Indian journal of veterinary science and animal husbandry - Volume 9,
Year: 1939
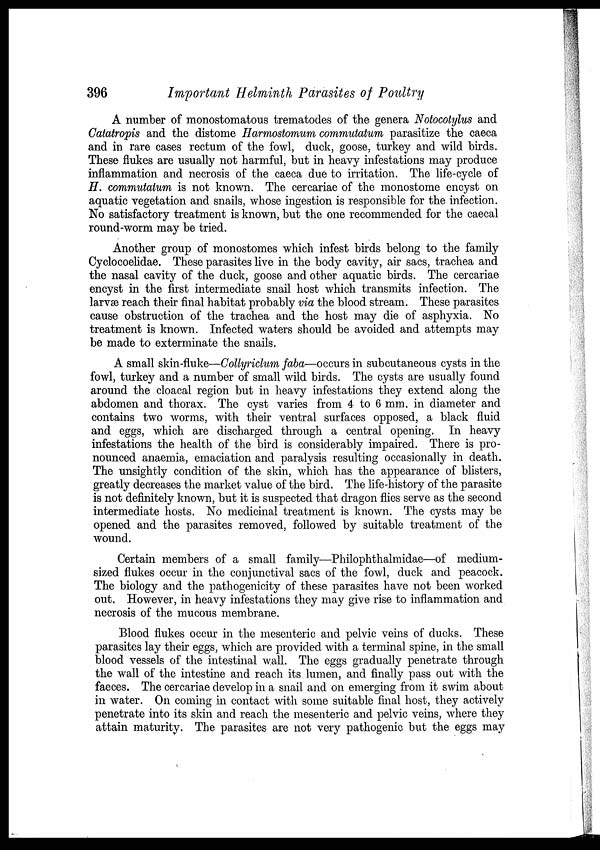
396
Important Helminth Parasites of Poultry
A number of monostomatous trematodes of the genera Notocotylus and
Catatropis and the distome Harmostomum commutatum parasitize the caeca
and in rare cases rectum of the fowl, duck, goose, turkey and wild birds.
These flukes are usually not harmful, but in heavy infestations may produce
inflammation and necrosis of the caeca due to irritation. The life-cycle of
H. commutatum is not known. The cercariae of the monostome encyst on
aquatic vegetation and snails, whose ingestion is responsible for the infection.
No satisfactory treatment is known, but the one recommended for the caecal
round-worm may be tried.
Another group of monostomes which infest birds belong to the family
Cyclocoelidae. These parasites live in the body cavity, air sacs, trachea and
the nasal cavity of the duck, goose and other aquatic birds. The cercariae
encyst in the first intermediate snail host which transmits infection. The
larvæ reach their final habitat probably via the blood stream. These parasites
cause obstruction of the trachea and the host may die of asphyxia. No
treatment is known. Infected waters should be avoided and attempts may
be made to exterminate the snails.
A small skin-fluke—Collyriclum faba—occurs in subcutaneous cysts in the
fowl, turkey and a number of small wild birds. The cysts are usually found
around the cloacal region but in heavy infestations they extend along the
abdomen and thorax. The cyst varies from 4 to 6 mm. in diameter and
contains two worms, with their ventral surfaces opposed, a black fluid
and eggs, which are discharged through a central opening. In heavy
infestations the health of the bird is considerably impaired. There is pro-
nounced anaemia, emaciation and paralysis resulting occasionally in death.
The unsightly condition of the skin, which has the appearance of blisters,
greatly decreases the market value of the bird. The life-history of the parasite
is not definitely known, but it is suspected that dragon flies serve as the second
intermediate hosts. No medicinal treatment is known. The cysts may be
opened and the parasites removed, followed by suitable treatment of the
wound.
Certain members of a small family—Philophthalmidae—of medium-
sized flukes occur in the conjunctival sacs of the fowl, duck and peacock.
The biology and the pathogenicity of these parasites have not been worked
out. However, in heavy infestations they may give rise to inflammation and
necrosis of the mucous membrane.
Blood flukes occur in the mesenteric and pelvic veins of ducks. These
parasites lay their eggs, which are provided with a terminal spine, in the small
blood vessels of the intestinal wall. The eggs gradually penetrate through
the wall of the intestine and reach its lumen, and finally pass out with the
faeces. The cercariae develop in a snail and on emerging from it swim about
in water. On coming in contact with some suitable final host, they actively
penetrate into its skin and reach the mesenteric and pelvic veins, where they
attain maturity. The parasites are not very pathogenic but the eggs may